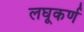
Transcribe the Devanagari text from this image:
लघूकर्ण